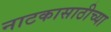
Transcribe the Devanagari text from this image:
नाटकासाठीच्या